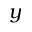
y